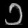
Digit: ၁